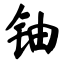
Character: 铀